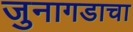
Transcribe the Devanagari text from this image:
जुनागडाचा